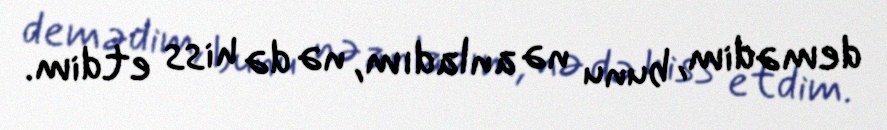
demədim, bunu nə anladım, nə də hiss etdim.